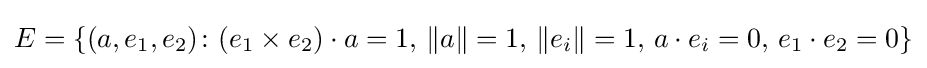
E=\{(a,e_{1},e_{2})\colon (e_{1}\times e_{2})\cdot a=1,\,\|a\|=1,\,\|e_{i}\|=1,\,a\cdot e_{i}=0,\,e_{1}\cdot e_{2}=0\}